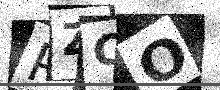
Text: PZCO